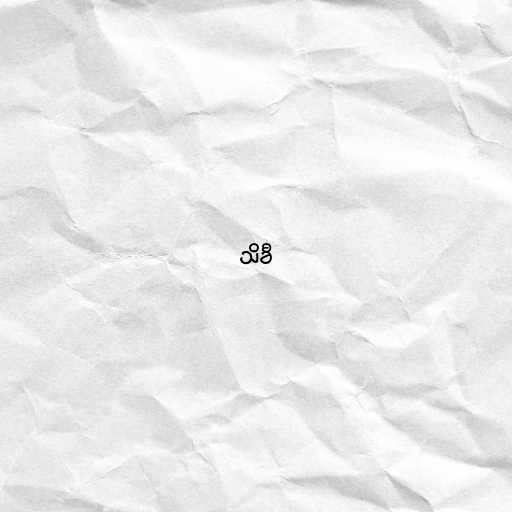
သိခီ